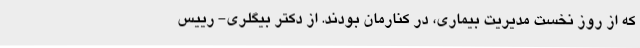
که از روز نخست مدیریت بیماری، در کنارمان بودند. از دکتر بیگلری- رییس